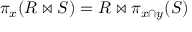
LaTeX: \pi _ { x } ( R \bowtie S ) = R \bowtie \pi _ { x \cap y } ( S )